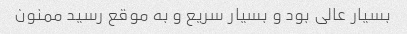
بسیار عالی بود و بسیار سریع و به موقع رسید ممنون